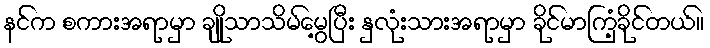
နင်က စကားအရာမှာ ချိုသာသိမ်မွေ့ပြီး နှလုံးသားအရာမှာ ခိုင်မာကြံ့ခိုင်တယ်။